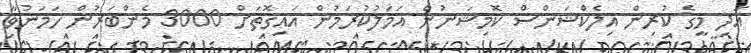
އަދި މީގެ ކުރިން އިލެކްޝަންސް ކޮމިޝަނުން އަމަލުކުރަމުން އައިގޮތަށް 3000 މެންބަރުން ހަމަނުވާ